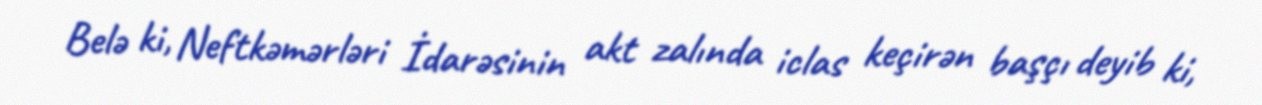
Belə ki, Neftkəmərləri İdarəsinin akt zalında iclas keçirən başçı deyib ki,